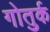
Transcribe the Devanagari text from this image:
गोतुर्क